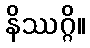
နိဿဂ္ဂိ။